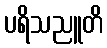
ပရိသညူတိ